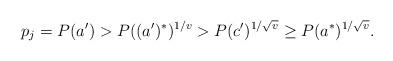
LaTeX: \begin{align*}p_j = P(a') > P((a')^*)^{1/v} > P(c')^{1/\sqrt{v}} \ge P(a^*)^{1/\sqrt{v}}.\end{align*}